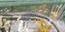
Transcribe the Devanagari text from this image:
प्रक्रुतिस्य